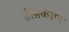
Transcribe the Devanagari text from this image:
संस्सकरण